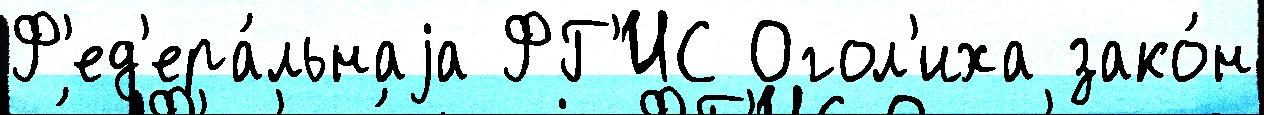
Ф'ед'ера́льнаjа ФГ'ИС Огол'иха зако́н